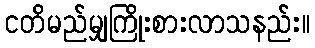
ငတိမည်မျှကြိုးစားလာသနည်း။